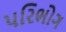
પરિભોગ